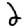
Digit: 2